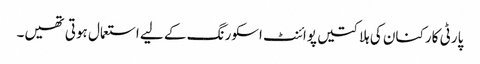
پارٹی کارکنان کی ہلاکتیں پوائنٹ اسکورنگ کے لیے استعمال ہوتی تھیں۔